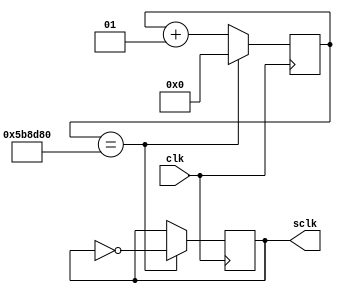

//-----------------------------------------------------------------------
//-- Module to divide the clock 
//-----------------------------------------------------------------------
module clk_div (  input clk,
                  output sclk);

  integer MAX_COUNT = 6000000; // 2200; 
  integer div_cnt =0;
  reg tmp_clk=0; 

   always @ (posedge clk)              
   begin
         if (div_cnt == MAX_COUNT) 
         begin
            tmp_clk = ~tmp_clk; 
            div_cnt = 0;
         end else
            div_cnt = div_cnt + 1;  
   end 
   assign sclk = tmp_clk; 
endmodule